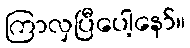
ကြာလှပြီပေါ့နော်။